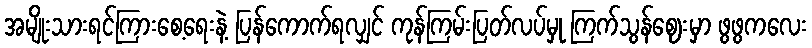
အမျိုးသားရင်ကြားစေ့ရေးနဲ့ ပြန်ကောက်ရလျှင် ကုန်ကြမ်းပြတ်လပ်မှု ကြက်သွန်ဈေးမှာ ဖွဖွကလေး